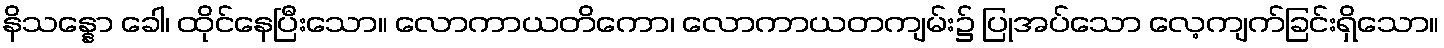
နိသန္နော ခေါ၊ ထိုင်နေပြီးသော။ လောကာယတိကော၊ လောကာယတကျမ်း၌ ပြုအပ်သော လေ့ကျက်ခြင်းရှိသော။